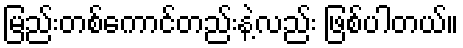
မြည်းတစ်ကောင်တည်းနဲ့လည်း ဖြစ်ပါတယ်။